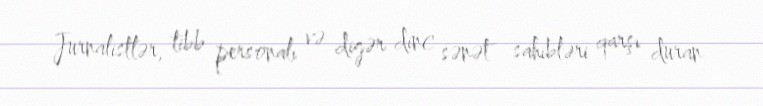
Jurnalistlər, tibb personalı və digər dinc sənət sahibləri qarşı duran